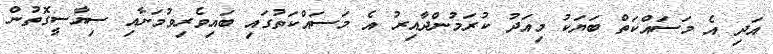
އަދި އެ މަސައްކަތް ބަޔަކު މިއަދު ކުރަމުންދާއިރު އެ މަސައްކަތުގައި ބައިވެރިވުމަށާއި ސިޔާސީގޮތުން